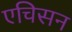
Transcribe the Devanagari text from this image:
एचिसन